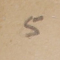
5